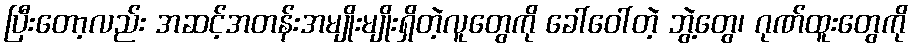
ပြီးတော့လည်း အဆင့်အတန်းအမျိုးမျိုးရှိတဲ့လူတွေကို ခေါ်ဝေါ်တဲ့ ဘွဲ့တွေ၊ ဂုဏ်ထူးတွေကို